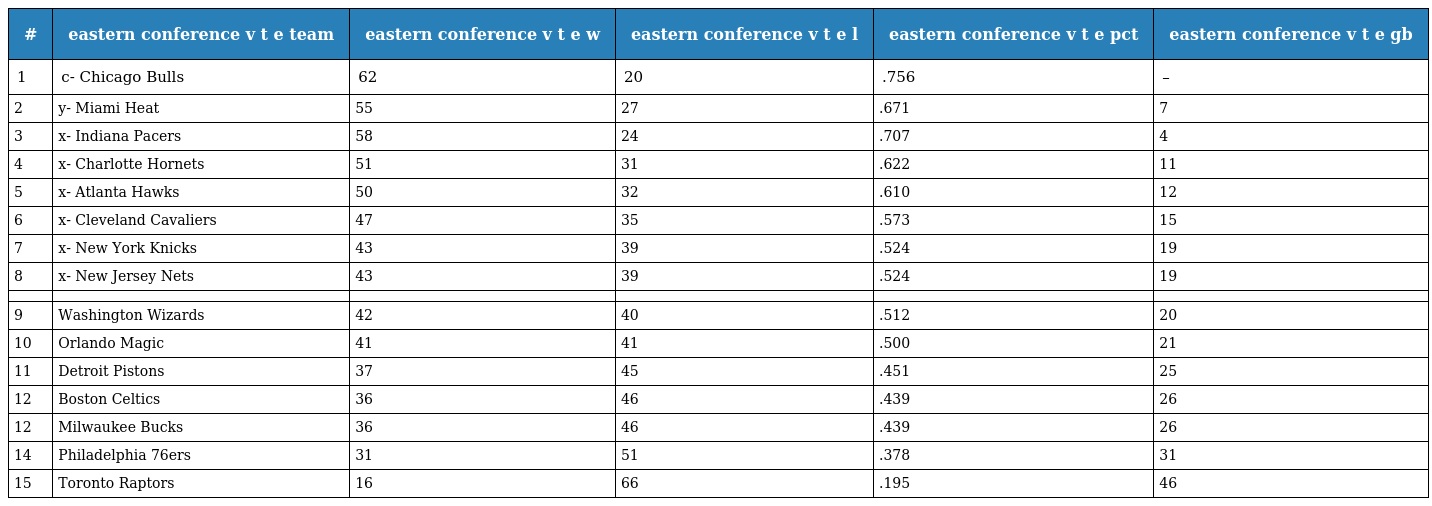
| # | eastern conference v t e team | eastern conference v t e w | eastern conference v t e l | eastern conference v t e pct | eastern conference v t e gb |
 | --- | --- | --- | --- | --- | --- |
 | 1 | c- Chicago Bulls | 62 | 20 | .756 | – |
 | 2 | y- Miami Heat | 55 | 27 | .671 | 7 |
 | 3 | x- Indiana Pacers | 58 | 24 | .707 | 4 |
 | 4 | x- Charlotte Hornets | 51 | 31 | .622 | 11 |
 | 5 | x- Atlanta Hawks | 50 | 32 | .610 | 12 |
 | 6 | x- Cleveland Cavaliers | 47 | 35 | .573 | 15 |
 | 7 | x- New York Knicks | 43 | 39 | .524 | 19 |
 | 8 | x- New Jersey Nets | 43 | 39 | .524 | 19 |
 |  |  |  |  |  |  |
 | 9 | Washington Wizards | 42 | 40 | .512 | 20 |
 | 10 | Orlando Magic | 41 | 41 | .500 | 21 |
 | 11 | Detroit Pistons | 37 | 45 | .451 | 25 |
 | 12 | Boston Celtics | 36 | 46 | .439 | 26 |
 | 12 | Milwaukee Bucks | 36 | 46 | .439 | 26 |
 | 14 | Philadelphia 76ers | 31 | 51 | .378 | 31 |
 | 15 | Toronto Raptors | 16 | 66 | .195 | 46 |